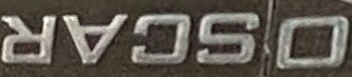
OSCAR